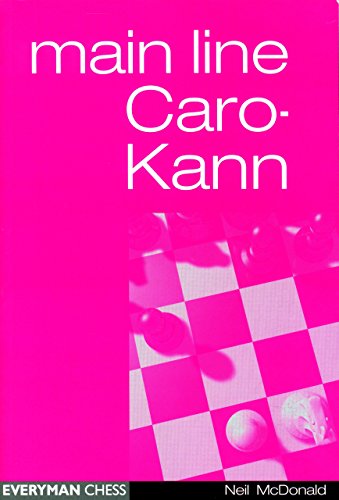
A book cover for Caro-Kann Main Line (Everyman Chess); Neil McDonald; Humor & Entertainment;